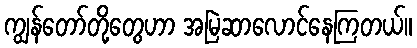
ကျွန်တော်တို့တွေဟာ အမြဲဆာလောင်နေကြတယ်။